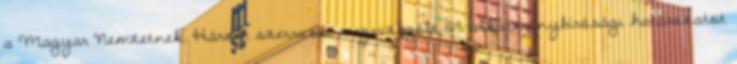
a Magyar Nemzetnek. Három szervezet megvizsgált 23 alkotmánybírósági határozatot